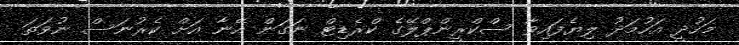
މަހުދީ އަހުމަދު ލިޔެފައިވާ ސްކްރީންޕްލޭގެ ކްރެޑިޓް ނަގަން އޭނާ އަށް ކެރުނަސް ނުވަތަ